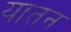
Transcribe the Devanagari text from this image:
यातन